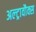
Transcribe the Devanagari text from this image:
अल्ट्रावौक्स